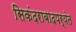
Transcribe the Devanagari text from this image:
सिकंदराबादपर्यंत